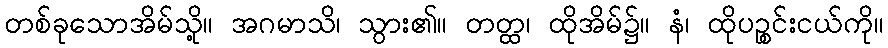
တစ်ခုသောအိမ်သို့။ အဂမာသိ၊ သွား၏။ တတ္ထ၊ ထိုအိမ်၌။ နံ၊ ထိုပဉ္စင်းငယ်ကို။